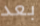
بعد